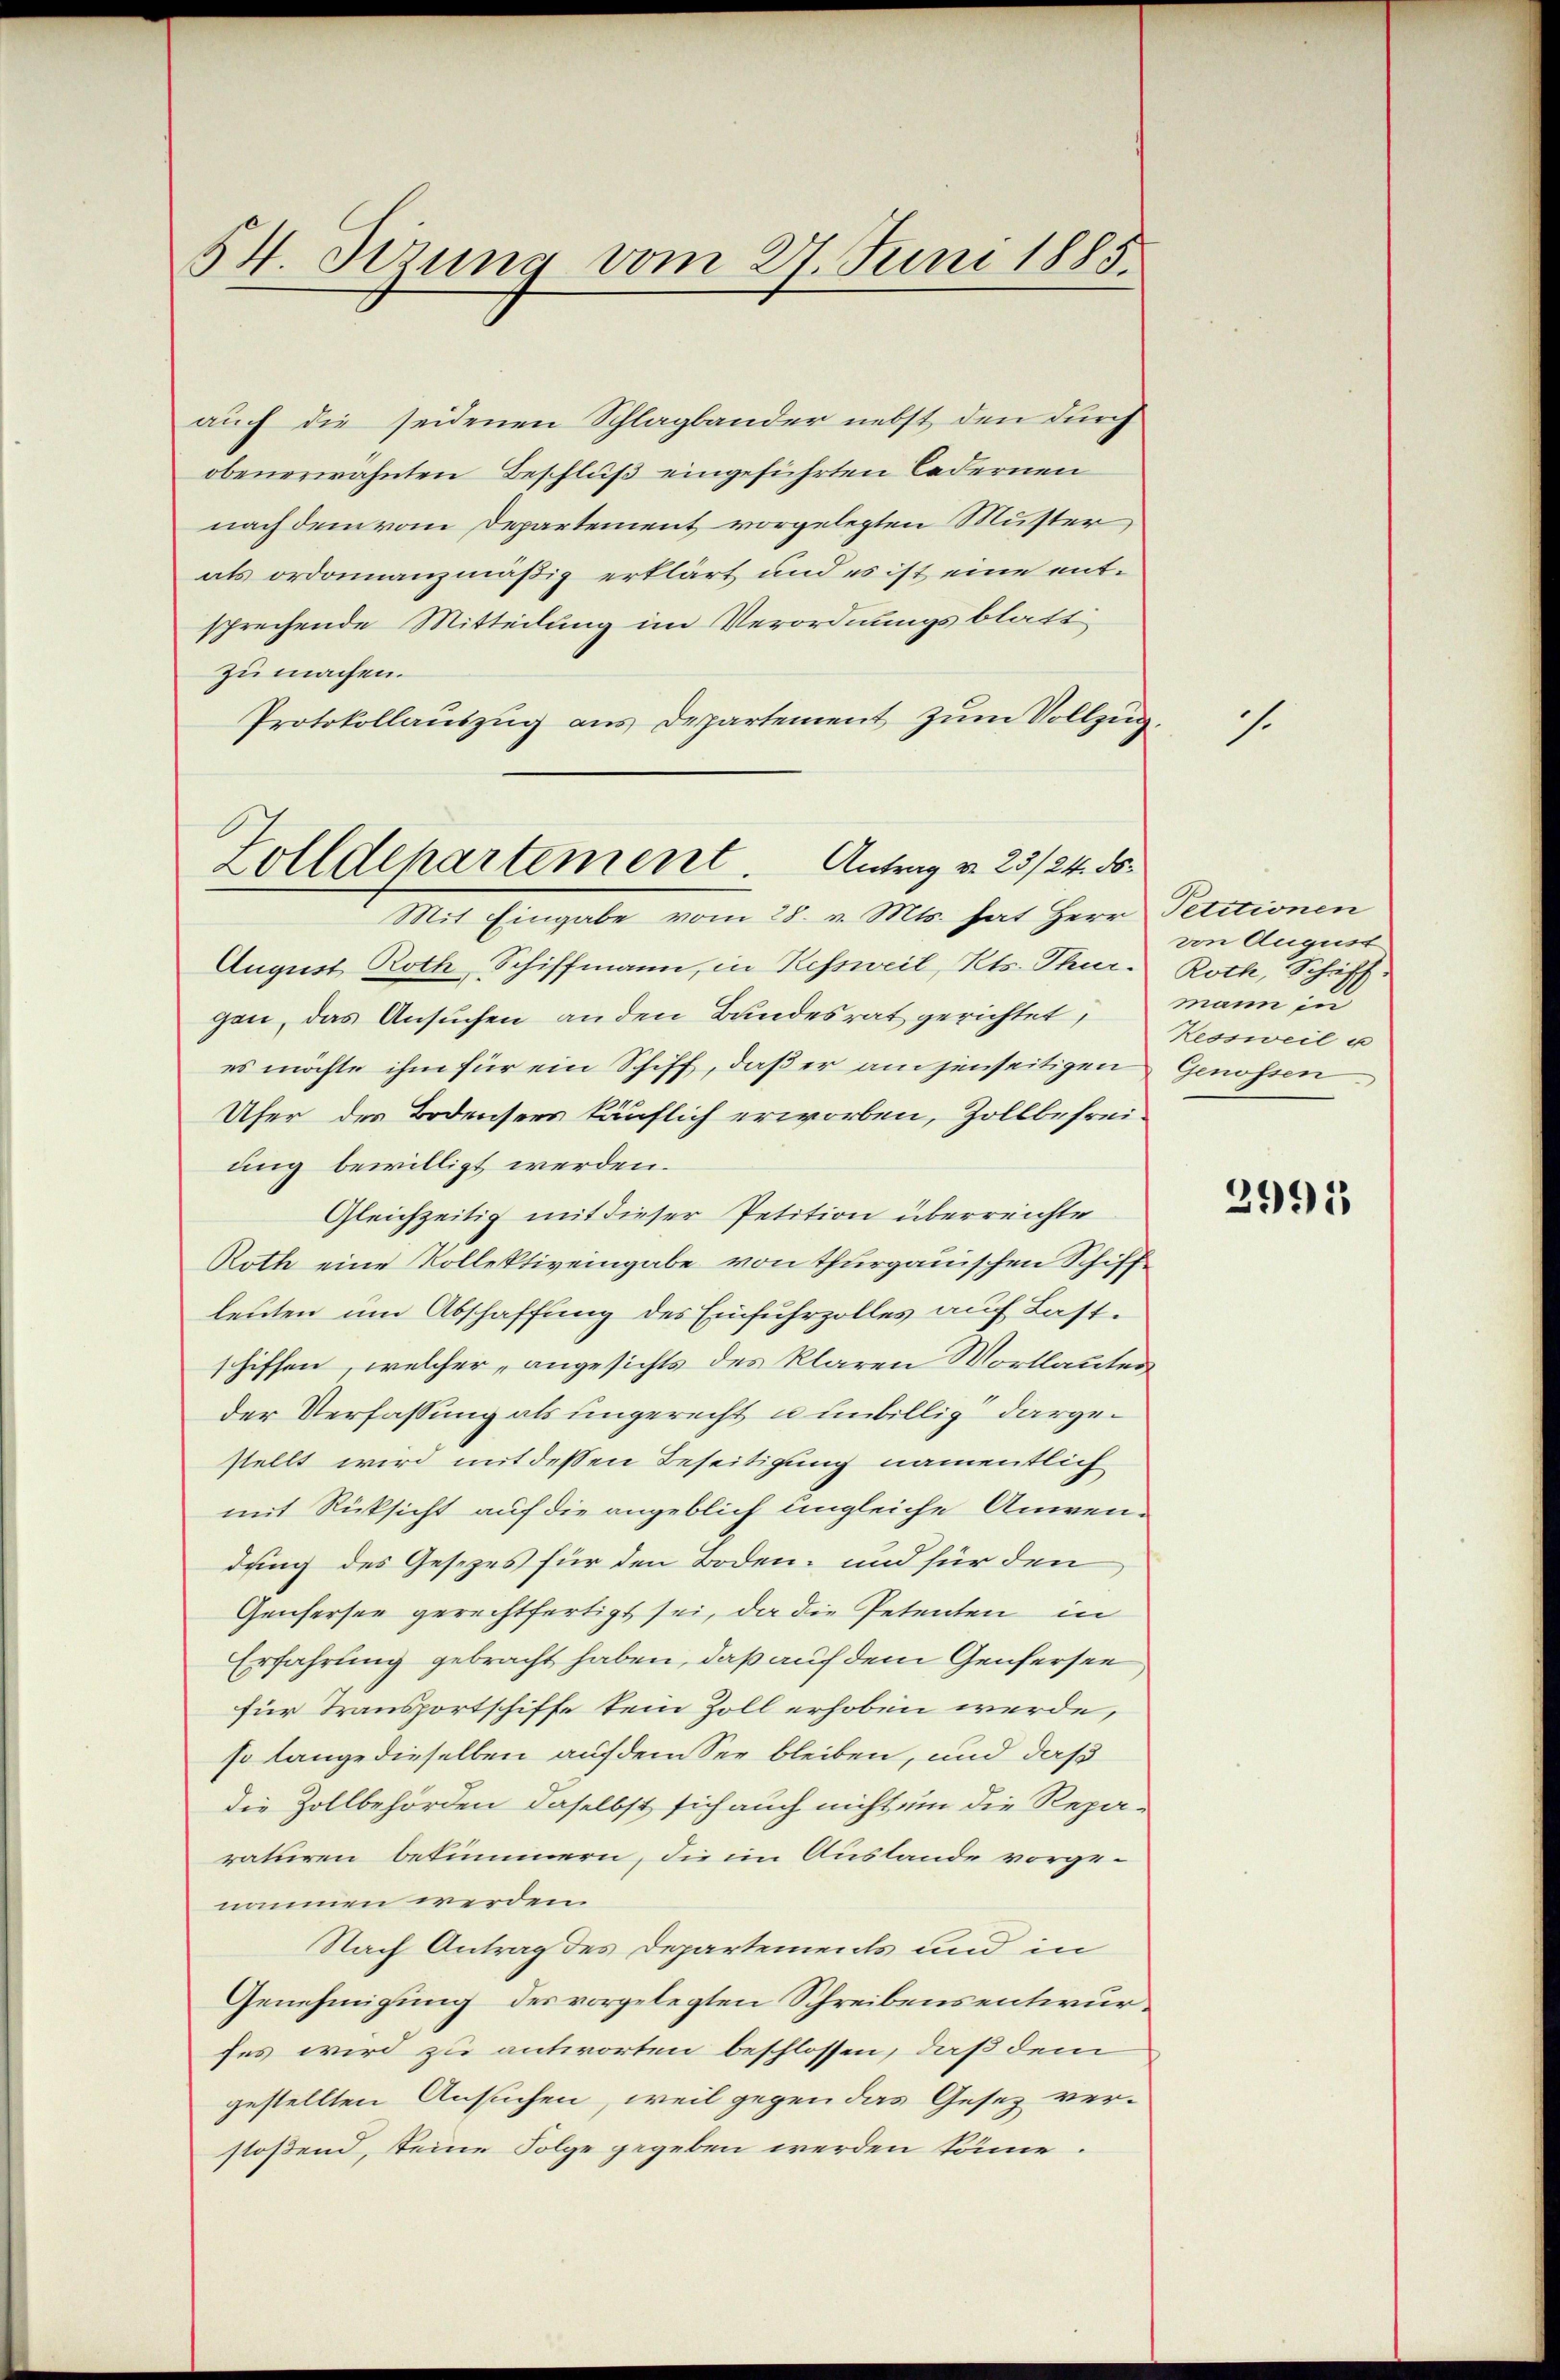
54. Dezung vom 27. Juni 1885.

auch die seidenen Schlagbander nebst den durch
obenerwähnten Beschluß eingeführten Ledernen
nach dem vom Departement vorgelegten Muster
als ordonnanzmäßig erklärt und es ist eine entsprechende Mitteilung im Verordnungsblatt
zumachen.
Protokollauszug aus Departement zum Vollzug.

Zolldepartement. Antrag v. 23/24. ds.
Mit Eingabe vom 28. v. Mts. hat Herr Petitionen

August Roth, Schiffmann, in Ressweil, Kts. Thur. Roth, Schiff
gen, das Ansuchen anden Bundesrat gerichtet, mann zu
es möchte ihm für ein Schiff, daß er am jenseitigen Genossen
Ufer des Bodensees käuflich erworben, Zollbefreiung bewilligt werden.
Gleichzeitig mit dieser Petition überreichte
Roth eine Kollektiv eingabe von Thurgauischen Schiffleuten um Abschaffung des Einfuhrzolles auf Lastschiffen, welcher, angesichts des klaren Wortlauter
der Verfassung als ungerecht u unbillig dargestellt wird mit dessen Beseitigung namentlich
mit Rücksicht auf die angeblich ungleiche Anwendung des Gesezes für den Boden- und für den
Genfersee gerechtfertigt sei, da die Petenten in
Erfahrung gebracht haben, daß auf dem Genfersee
für Transportschiffe kein Zoll erhoben werde,
so lange dieselben auf dem See bleiben, und daß
die Zollbehörden daselbst sich auch nicht um die Repa-
raturen bekümmern, die im Auslande vorgenommen werden.
Nach Antrag des Departements und in
Genehmigung des vorgelegten Schreibens entwurfes wird zu antworten beschlossen, daß dem
gestellten Ansuchen, weil gegen das Gesetz verfloßend, keine Folge gegeben werden könne.

1.

von August
Kessweil u

2995